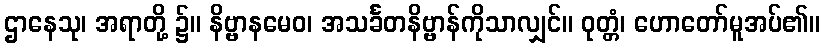
ဌာနေသု၊ အရာတို့ ၌။ နိဗ္ဗာနမေဝ၊ အသင်္ခတနိဗ္ဗာန်ကိုသာလျှင်။ ဝုတ္တံ၊ ဟောတော်မူအပ်၏။